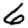
Digit: 6